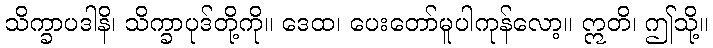
သိက္ခာပဒါနိ၊ သိက္ခာပုဒ်တို့ကို။ ဒေထ၊ ပေးတော်မူပါကုန်လော့။ ဣတိ၊ ဤသို့။